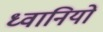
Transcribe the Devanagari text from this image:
ध्वानियों